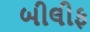
બીલીફ